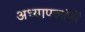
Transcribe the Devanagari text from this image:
अध्यापकांनीं